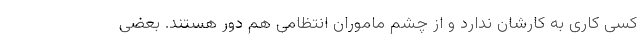
کسی کاری به کارشان ندارد و از چشم ماموران انتظامی هم دور هستند. بعضی